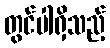
တွင်ပါရှိသည့်